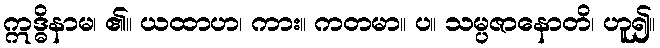
ဣဒ္ဓိနာမ၊ ၏။ ယထာဟ၊ ကား။ ကတမာ။ ပ။ သမ္ပဇာနောတိ၊ ဟူ၍။